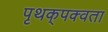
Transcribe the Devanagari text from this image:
पृथक्‌पक्वता